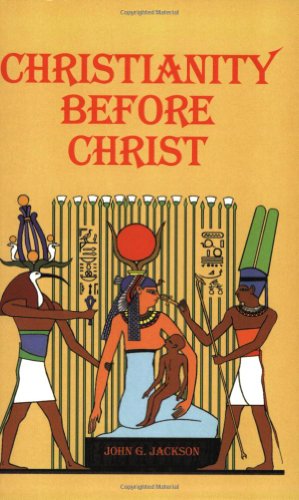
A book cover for Christianity Before Christ; John G. Jackson; Religion & Spirituality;